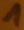
Text: 1